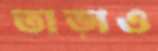
তাড়াও